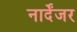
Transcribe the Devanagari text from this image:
नार्देंजर